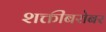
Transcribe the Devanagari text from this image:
शक्तींबरोबर